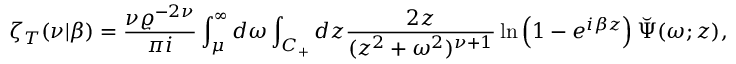
\zeta _ { T } ( \nu | \beta ) = { \frac { \nu \varrho ^ { - 2 \nu } } { \pi i } } \int _ { \mu } ^ { \infty } d \omega \int _ { C _ { + } } d z { \frac { 2 z } { ( z ^ { 2 } + \omega ^ { 2 } ) ^ { \nu + 1 } } } \ln \left( 1 - e ^ { i \beta z } \right) \breve { \Psi } ( \omega ; z ) ,